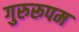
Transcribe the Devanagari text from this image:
गुरुरूपम